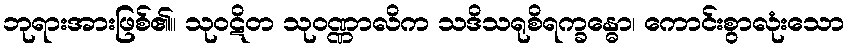
ဘုရားအားဖြစ်၏။ သုဝဋိတ သုဝဏ္ဏာလိက သဒိသရုစိရက္ခန္ဓော၊ ကောင်းစွာလုံးသော